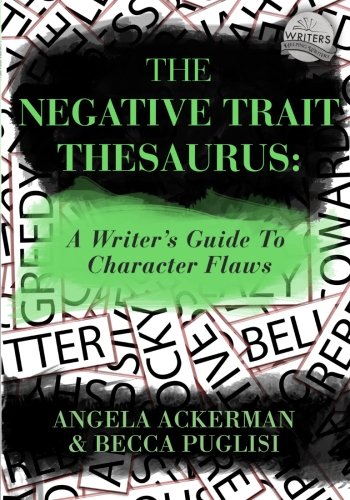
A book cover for The Negative Trait Thesaurus: A Writer's Guide to Character Flaws; Angela Ackerman; Reference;